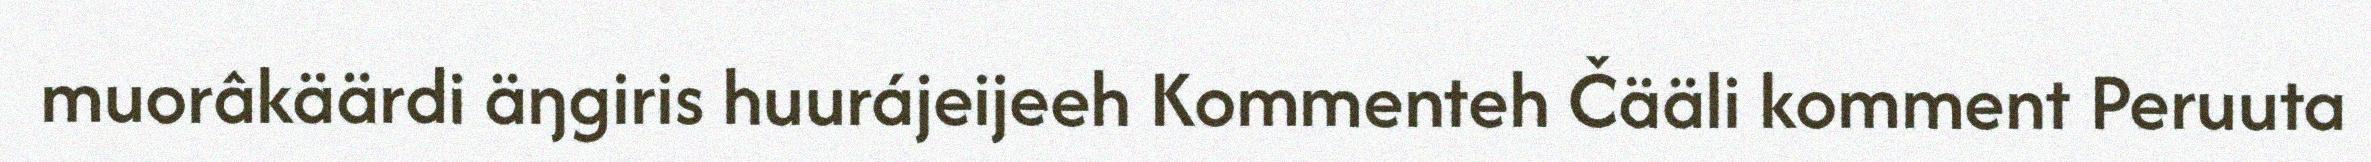
muorâkäärdi äŋgiris huurájeijeeh Kommenteh Čääli komment Peruuta